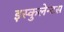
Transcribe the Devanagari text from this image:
इस्कुलेन्टस